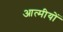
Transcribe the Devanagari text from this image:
आत्मीयों